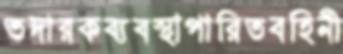
তদারকব্যবস্থাপারিতবহিনী